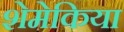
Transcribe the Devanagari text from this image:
शेमेकिया